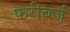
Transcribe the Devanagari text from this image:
फरीबर्ज